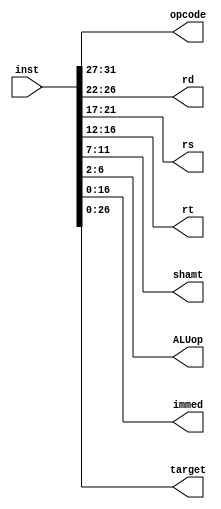
module instdecode(inst, opcode, rd, rs, rt, shamt, ALUop, immed, target);

    input [31:0] inst;

    output [4:0] opcode, rd, rs, rt, shamt, ALUop;
    output [16:0] immed;
    output [26:0] target;


    assign opcode = inst[31:27];
    assign rd = inst[26:22];
    assign rs = inst[21:17];
    assign rt = inst[16:12];
    assign shamt = inst[11:7];
    assign ALUop = inst[6:2];
    assign immed = inst[16:0];
    assign target = inst[26:0];

    

endmodule